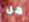
هل